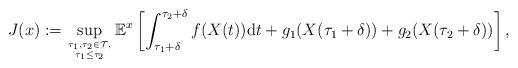
LaTeX: \begin{align*}J(x):=\sup_{\tau_1,\tau_2\in\mathcal{T},\atop\tau_1\leq\tau_2}\mathbb{E}^x\left[\int_{\tau_1+\delta}^{\tau_2+\delta}f(X(t))\mathrm{d}t+g_1(X(\tau_1+\delta))+g_2(X(\tau_2+\delta))\right],\end{align*}